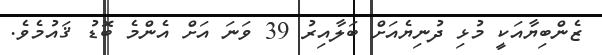
ޒެންބިޔާއަކީ މުޅި ދުނިޔެއަށް ބަލާއިރު 39 ވަނަ އަށް އެންމެ ބޮޑު ޤައުމެވެ.